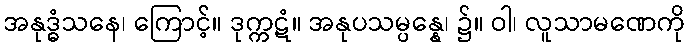
အနုဒ္ဓံသနေ၊ ကြောင့်။ ဒုက္ကဋံ။ အနုပသမ္ပန္နေ၊ ၌။ ဝါ၊ လူသာမဏေကို